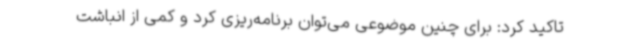
تاکید کرد: برای چنین موضوعی می‌توان برنامه‌ریزی کرد و کمی از انباشت